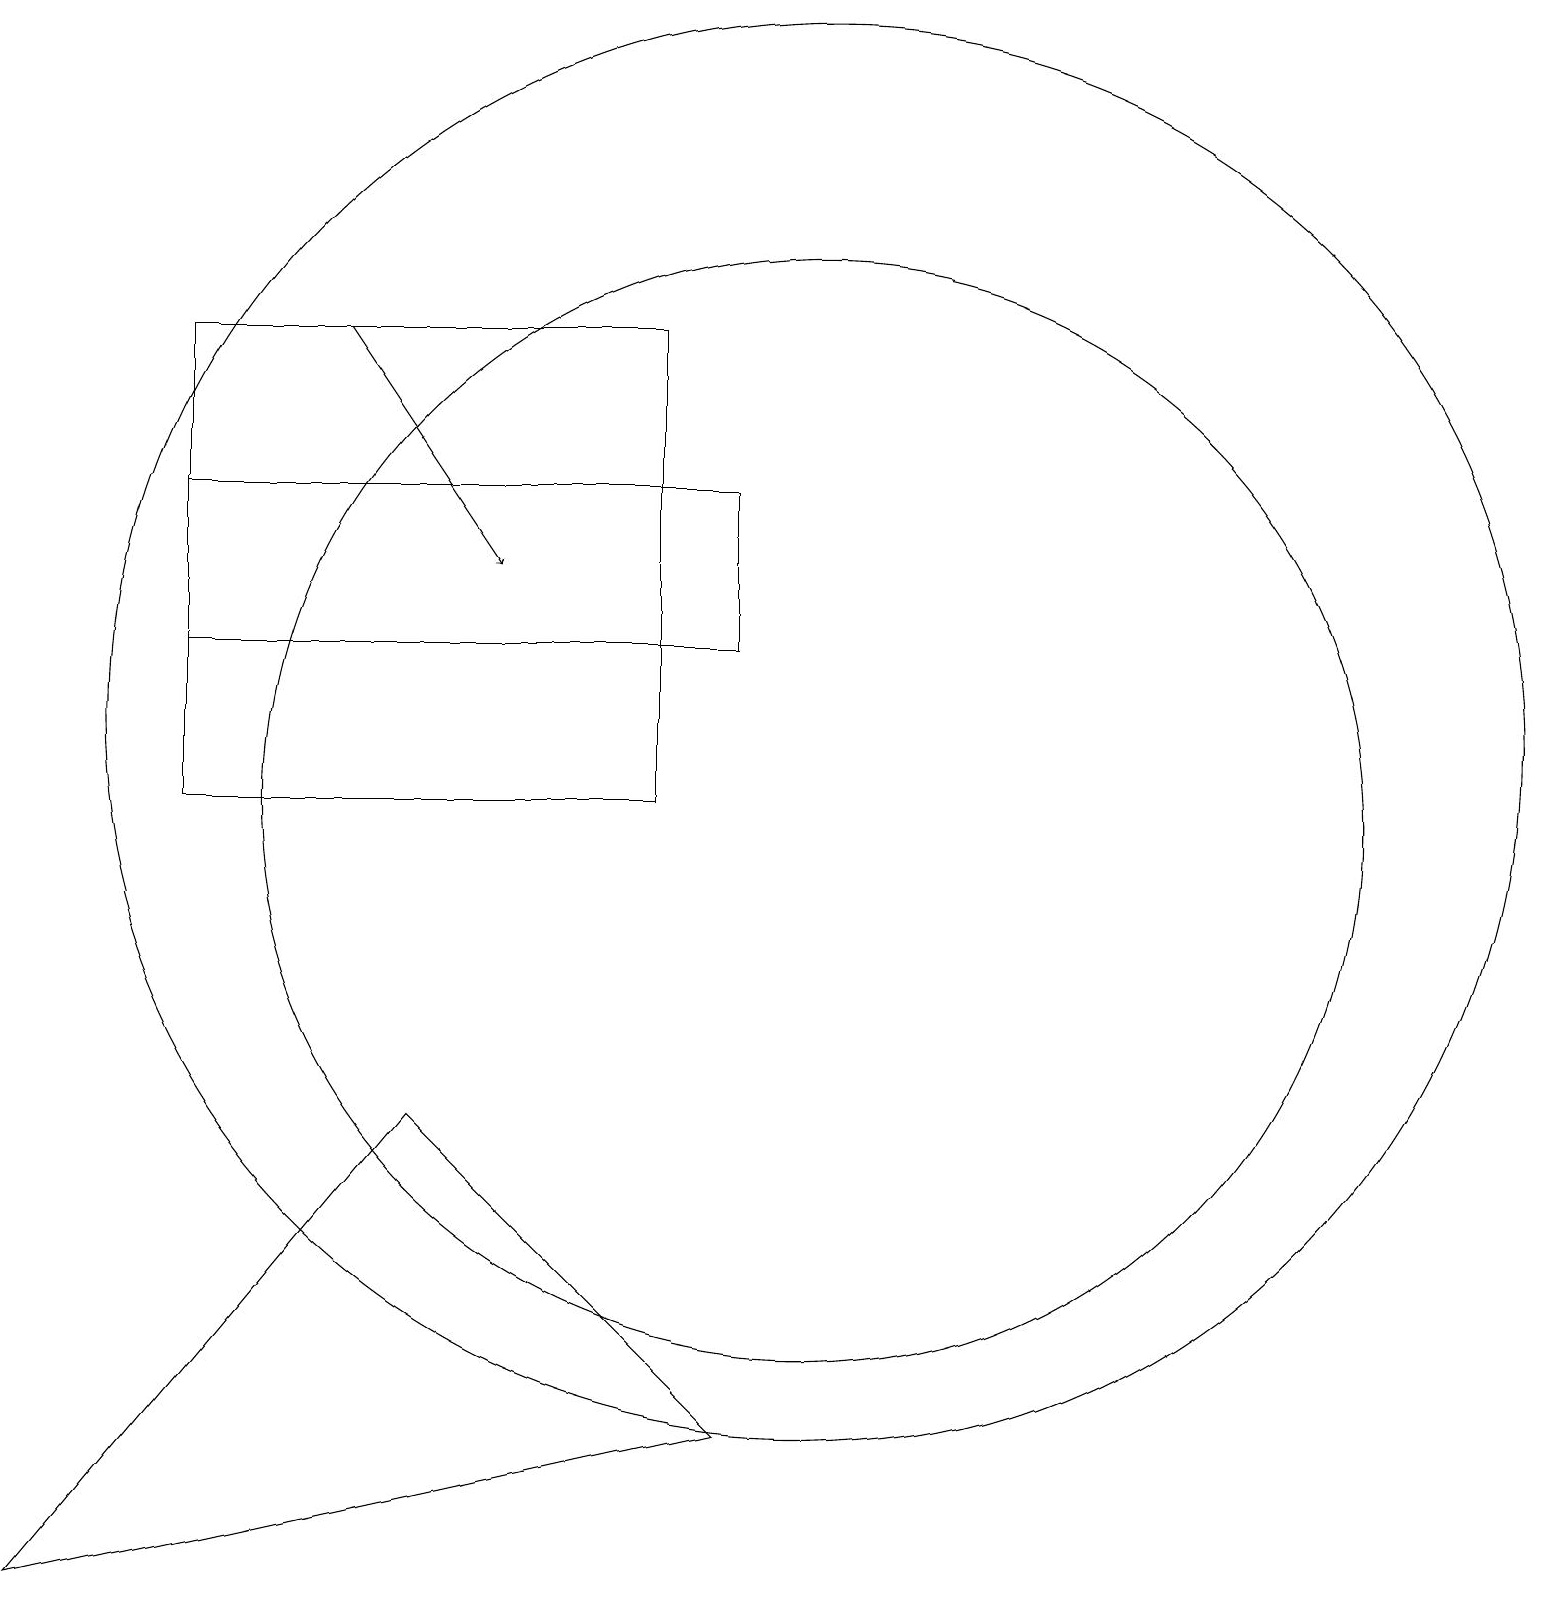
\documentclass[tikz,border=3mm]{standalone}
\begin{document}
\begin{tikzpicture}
\draw (2,13) rectangle (9,15);
\draw[->] (4,17) -- (6,14);
\draw (5,7) -- (9,3) -- (0,1) -- cycle;
\draw (10,11) circle (7);
\draw (10,12) circle (9);
\draw (8,17) rectangle (2,11);
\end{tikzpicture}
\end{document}